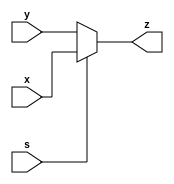


module mux_2_to_1_32_bit_clocked(
    output reg [31:0] z,
    input [31:0] x,
    input [31:0] y,
    input s
    );

always @(s)
 begin
  if(s==1'b1)
   z<=x;
  else if(s==1'b0)
   z<=y;
  else
   z<=32'hxxxxxxxx;
 end
endmodule